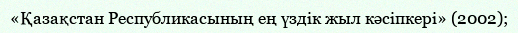
«Қазақстан Республикасының ең үздік жыл кәсіпкері» (2002);